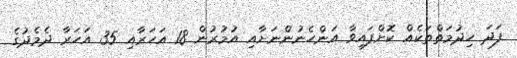
ފަދަ ހިދުމަތްތަކެއް ކޮށްފައިވާ އަންހެނުންނަށާއި އުމުރުން 18 އަހަރާއި 35 އަހަރާ ދެމެދުގެ